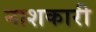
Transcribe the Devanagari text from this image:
नाशकारी